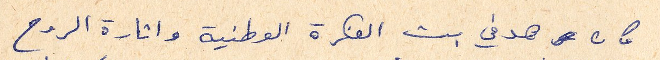
كان هدفي بث الفكرة الوطنية واثارة الروح